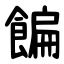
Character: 䭏